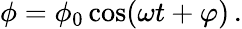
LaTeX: \phi=\phi_{0}\cos(\omega t+\varphi)\, .